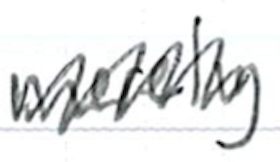
Text: merely
Cross-out: zig-zag
Writing tool: ballpoint